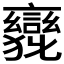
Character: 𲁹